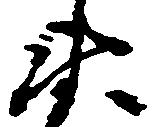
衛